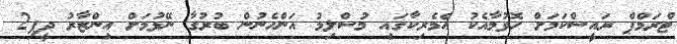
ޓްރަމްޕް ރައީސްކަމަށް ހޮވުމާއެކު އެމެރިކާގައި މުސްލިމު އަންހެނުން ބުރުގާ ނޭޅުމަށް އިންޒާރު ދީފި2